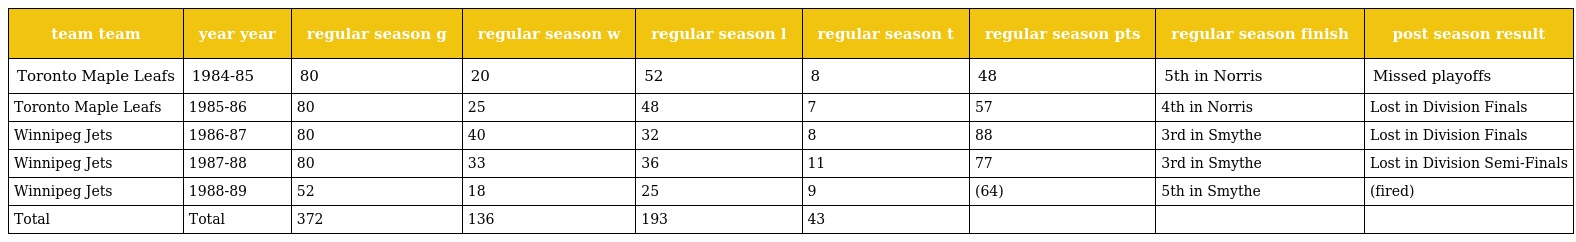
| team team | year year | regular season g | regular season w | regular season l | regular season t | regular season pts | regular season finish | post season result |
 | --- | --- | --- | --- | --- | --- | --- | --- | --- |
 | Toronto Maple Leafs | 1984-85 | 80 | 20 | 52 | 8 | 48 | 5th in Norris | Missed playoffs |
 | Toronto Maple Leafs | 1985-86 | 80 | 25 | 48 | 7 | 57 | 4th in Norris | Lost in Division Finals |
 | Winnipeg Jets | 1986-87 | 80 | 40 | 32 | 8 | 88 | 3rd in Smythe | Lost in Division Finals |
 | Winnipeg Jets | 1987-88 | 80 | 33 | 36 | 11 | 77 | 3rd in Smythe | Lost in Division Semi-Finals |
 | Winnipeg Jets | 1988-89 | 52 | 18 | 25 | 9 | (64) | 5th in Smythe | (fired) |
 | Total | Total | 372 | 136 | 193 | 43 |  |  |  |